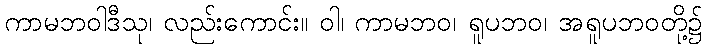
ကာမဘဝါဒီသု၊ လည်းကောင်း။ ဝါ၊ ကာမဘဝ၊ ရူပဘဝ၊ အရူပဘဝတို့၌